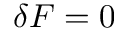
\delta F = 0